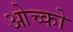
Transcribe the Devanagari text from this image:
ओच्को